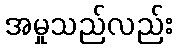
အမှုသည်လည်း